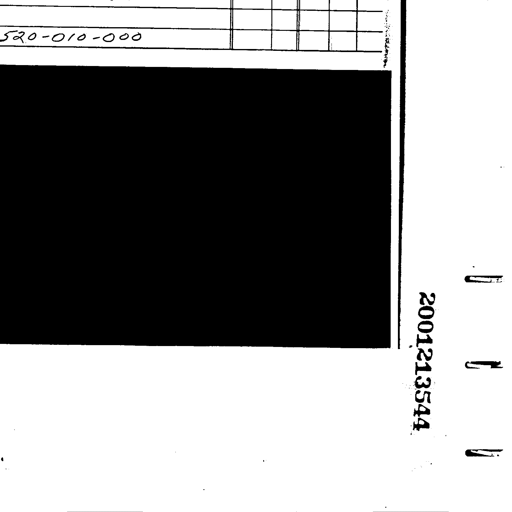
520-010-000
2001213544